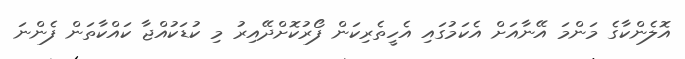
އޮލެންކާގެ މަންމަ އޭނާއަށް އެކަމުގައި އެހީތެރިކަން ފޯރުކޮށްދޭއިރު މި ކުޑަކުއްޖާ ކައްކާތަން ފެންނަ